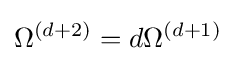
\Omega ^{(d+2)}=d\Omega ^{(d+1)}